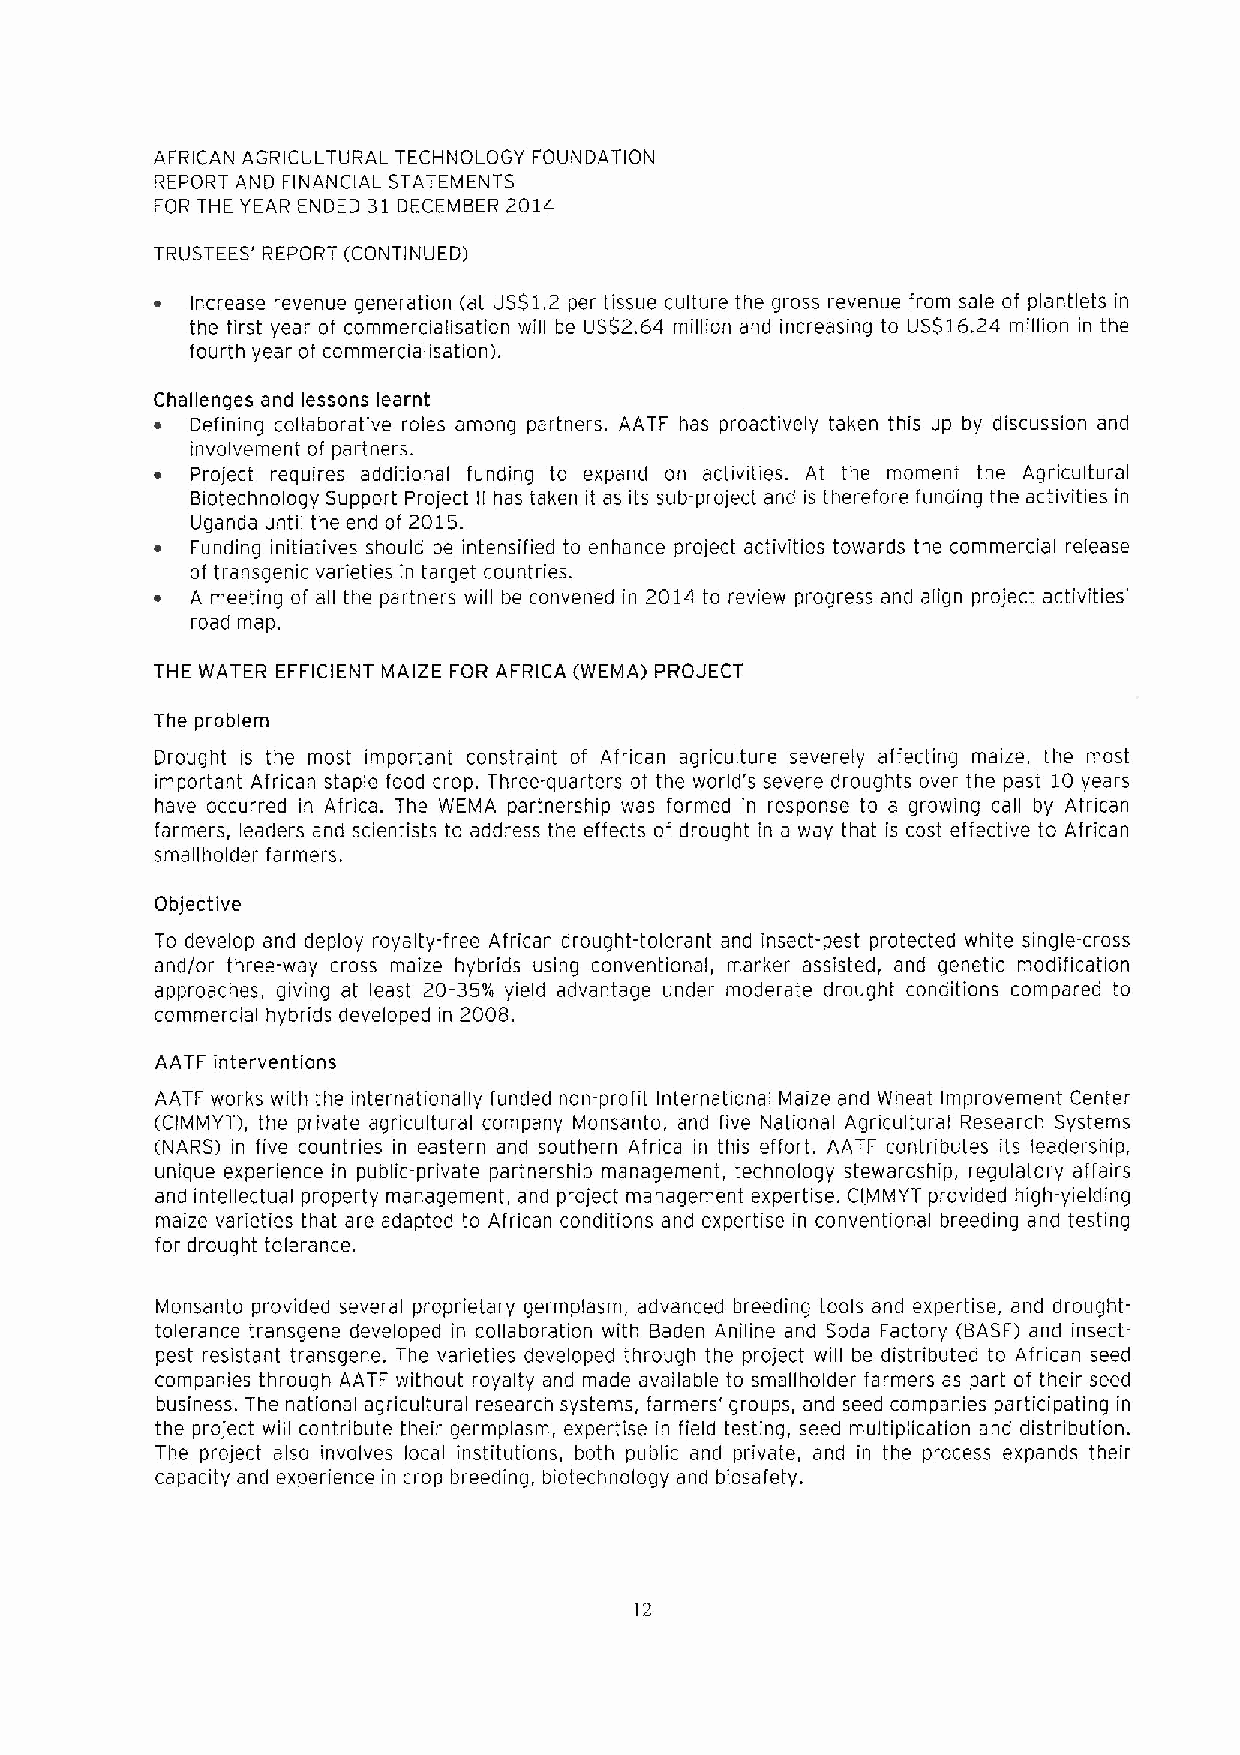
AFRICAN AGRICULTURAL TECHNOLOGY FOUNDATION
 REPORT AND FINANCIAL STATEMENTS
 FOR THE YEAR ENDED 31 DECEMBER 2014
 TRUSTEES' REPORT (CONTINUED)
 ~  Increase revenue qeneration (at US$1.2 per tissue culture the gross revenue from sale of plantlets in
 the first year of commercialisation will be US$2.64 million and increasing to US$16.24 million in the
 fourth year of commercialisation).
 Challenqes and lessons learnt
 ~  Defining collaborative roles amonq partners. AATF has proactively taken this up by discussion and
 involvement of partners.
 ~  Project requires additional funding to expand on activities. At the moment the Agricultural
 Biotechnoloqy Support Project II has taken it as its sub-project and is therefore funding the activities in
 Uganda until the end of 2015.
 ~  Funding initiatives should be intensified to enhance project activities towards the commercial release
 of transgenic varieties in target countries.
 ~  A meeting of all the partners will be convened in 2014 to review progress and align project activities'
 road map.
 THE WATER EFFICIENT MAIZE FOR AFRICA (WEMA) PROJECT
 The problem
 Drought is the most important constraint of African agriculture severely affectinq maize, the most
 important African staple food crop. Three-quarters of the world's severe droughts over the past 10 years
 have occurred in Africa. The WEMA partnership was formed in response to a growing call by African
 farmers, leaders and scientists to address the effects of drought in a way that is cost effective to African
 smallholder farmers.
 Objective
 To develop and deploy royalty-free African drought-tolerant and insect-pest protected white sinqle-cross
 and/or three-way cross maize hybrids using conventional, marker assisted, and genetic modification
 approaches, givinq at least 20-35k yield advantaqe under moderate drought conditions compared to
 commercial hybrids developed in 2008.
 AATF interventions
 AATF works with the internationally funded non-profit international Maize and Wheat Improvement Center
 (CIMMYT), the private agricultural company Monsanto, and five National Agricultural Research Systems
 (NARS) in five countries in eastern and southern Africa in this effort. AATF contributes its leadership,
 unique experience in public-private partnership management, technoloqy stewardship, regulatory affairs
 and intellectual property management, and project management expertise. CIMMYT provided high-yielding
 maize varieties that are adapted to African conditions and expertise in conventional breeding and testing
 for drought tolerance.
 Monsanto provided several proprietary germplasm, advanced breeding tools and expertise, and drought-
 tolerance transgene developed in collaboration with Baden Aniline and Soda Factory (BASE) and insect-
 pest resistant transgene. The varieties developed throuqh the project will be distributed to African seed
 companies through AATF without royalty and made available to smallholder farmers as part of their seed
 business. The national agricultural research systems, farmers' groups, and seed companies participating in
 the project will contribute their germplasm, expertise in field testing, seed multiplication and distribution.
 The project also involves local institutions, both public and private, and in the process expands their
 capacity and experience in crop breeding, biotechnology and biosafety.
 12